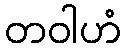
တဝါဟံ